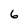
Character: 6